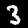
Digit: 3